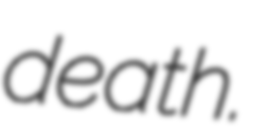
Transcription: death.